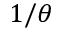
1 / \theta